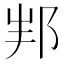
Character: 𨚦